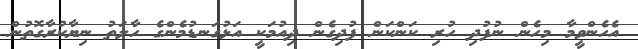
އެހެންވީމާ މިހެން ނުފުދި ހުރި ކަންކަން ފުދިގެން ދިއުމަކީ އަޅުގަނޑުމެންގެ ހާލަތު ނިޔާކުރާގޮތުން